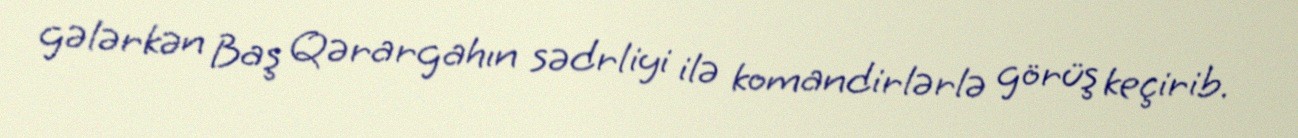
gələrkən Baş Qərargahın sədrliyi ilə komandirlərlə görüş keçirib.